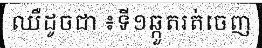
ឈឺដូចជា ៖ទី១ឆ្កួតរត់ចេញ